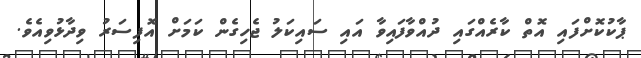
ޕާކުކޮށްފައި އޮތް ކާރެއްގައި ދުއްވާފައިވާ އައި ސައިކަލު ޖެހިގެން ކަމަށް އޮފިސަރު ވިދާޅުވިއެވެ.